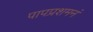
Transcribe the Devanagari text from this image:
पापप्रशमनं